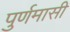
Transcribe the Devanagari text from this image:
पुर्णमासी